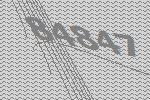
84847